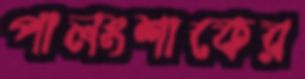
পালংশাকের